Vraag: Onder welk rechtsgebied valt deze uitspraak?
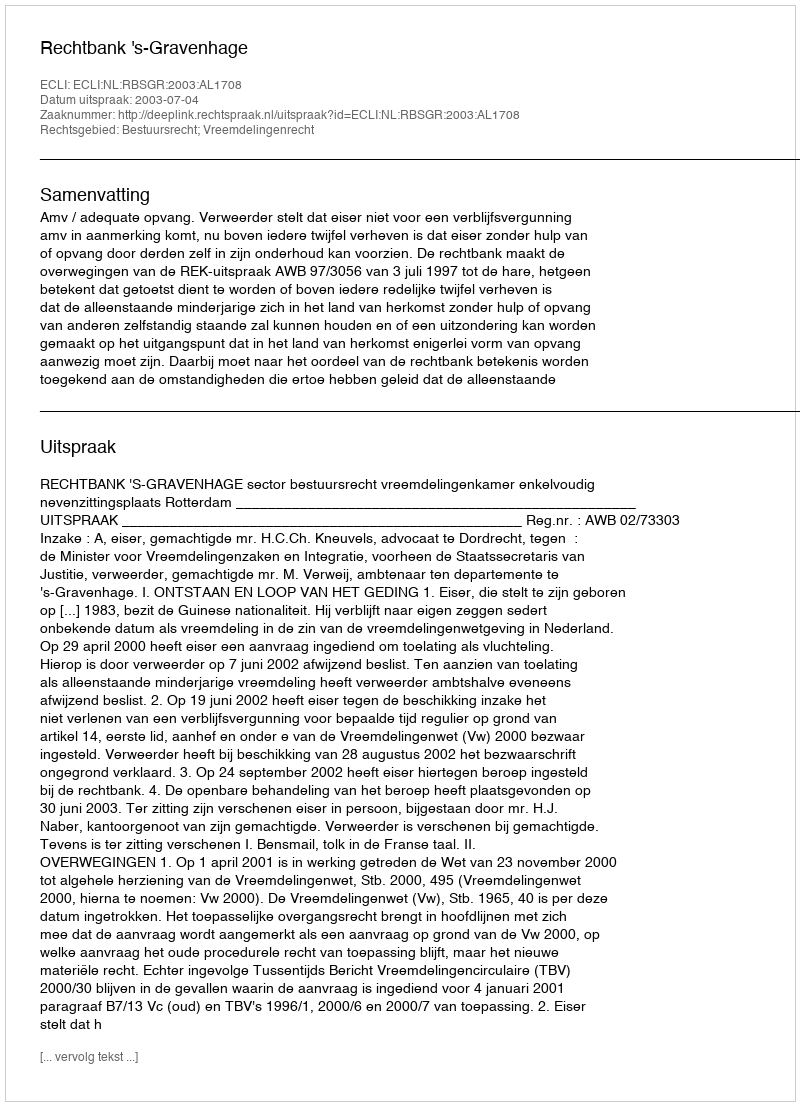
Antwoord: Bestuursrecht; Vreemdelingenrecht